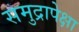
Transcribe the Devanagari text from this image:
समुद्रापेक्षा